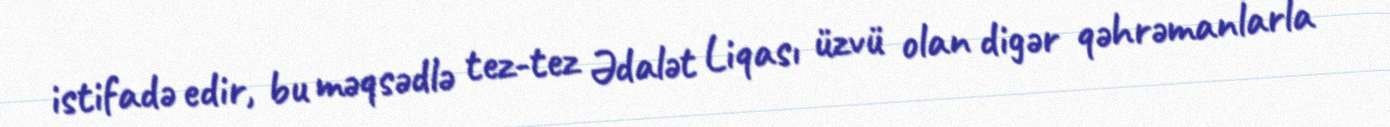
istifadə edir, bu məqsədlə tez-tez Ədalət Liqası üzvü olan digər qəhrəmanlarla